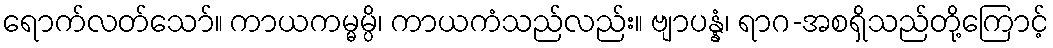
ရောက်လတ်သော်။ ကာယကမ္မမ္ပိ၊ ကာယကံသည်လည်း။ ဗျာပန္နံ၊ ရာဂ-အစရှိသည်တို့ကြောင့်